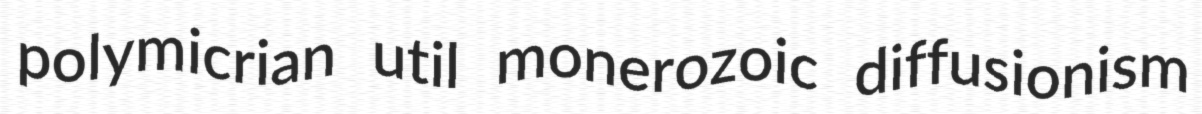
polymicrian util monerozoic diffusionism